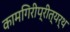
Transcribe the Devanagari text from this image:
कामगिरीप्रीत्यर्थ